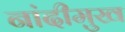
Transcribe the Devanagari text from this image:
नांदीमुख